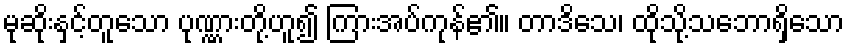
မုဆိုးနှင့်တူသော ပုဏ္ဏားတို့ဟူ၍ ကြားအပ်ကုန်၏။ တာဒိသေ၊ ထိုသို့သဘောရှိသော